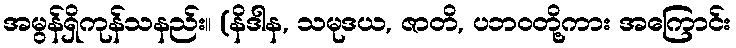
အမွန်ရှိကုန်သနည်း။ (နိဒါန, သမုဒယ, ဇာတိ, ပဘဝတို့ကား အကြောင်း